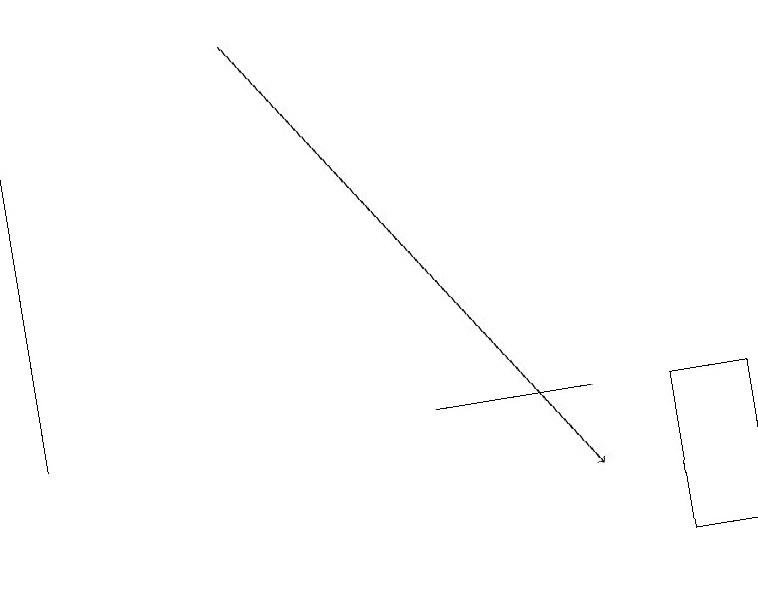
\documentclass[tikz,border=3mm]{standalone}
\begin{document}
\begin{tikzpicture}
\draw (7,12) rectangle (5,12);
\draw (9,10) rectangle (8,12);
\draw (0,12) rectangle (0,17);
\draw[->] (3,17) -- (7,11);
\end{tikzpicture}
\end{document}